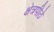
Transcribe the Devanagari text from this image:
क्षेत्रपीठे